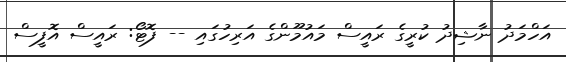
އަހްމަދު ނާޝިދު ކުރީގެ ރައީސް މައުމޫންގެ އަރިހުގައި -- ފޮޓޯ: ރައީސް އޮފީސް